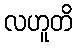
လဟူတိ